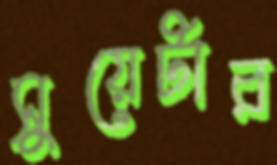
সুয়েটার